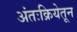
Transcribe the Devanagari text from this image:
अंतःक्रियेतून